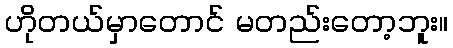
ဟိုတယ်မှာတောင် မတည်းတော့ဘူး။